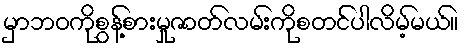
မှာဘဝကိုစွန့်စားမှုဇာတ်လမ်းကိုစတင်ပါလိမ့်မယ်။